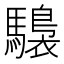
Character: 𩦫